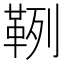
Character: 𩊡